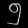
Digit: ၅